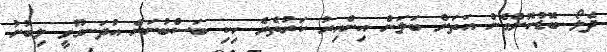
ދެލޯ ބޮޑުކޮށްގެން އަތަށް ބަލަން އިންއިރު ކަރުތެރެ ހިކި ބަސްބުނަން އުދަނގޫވީ ލިބުނު